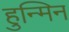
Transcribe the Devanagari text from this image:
हुन्मिन